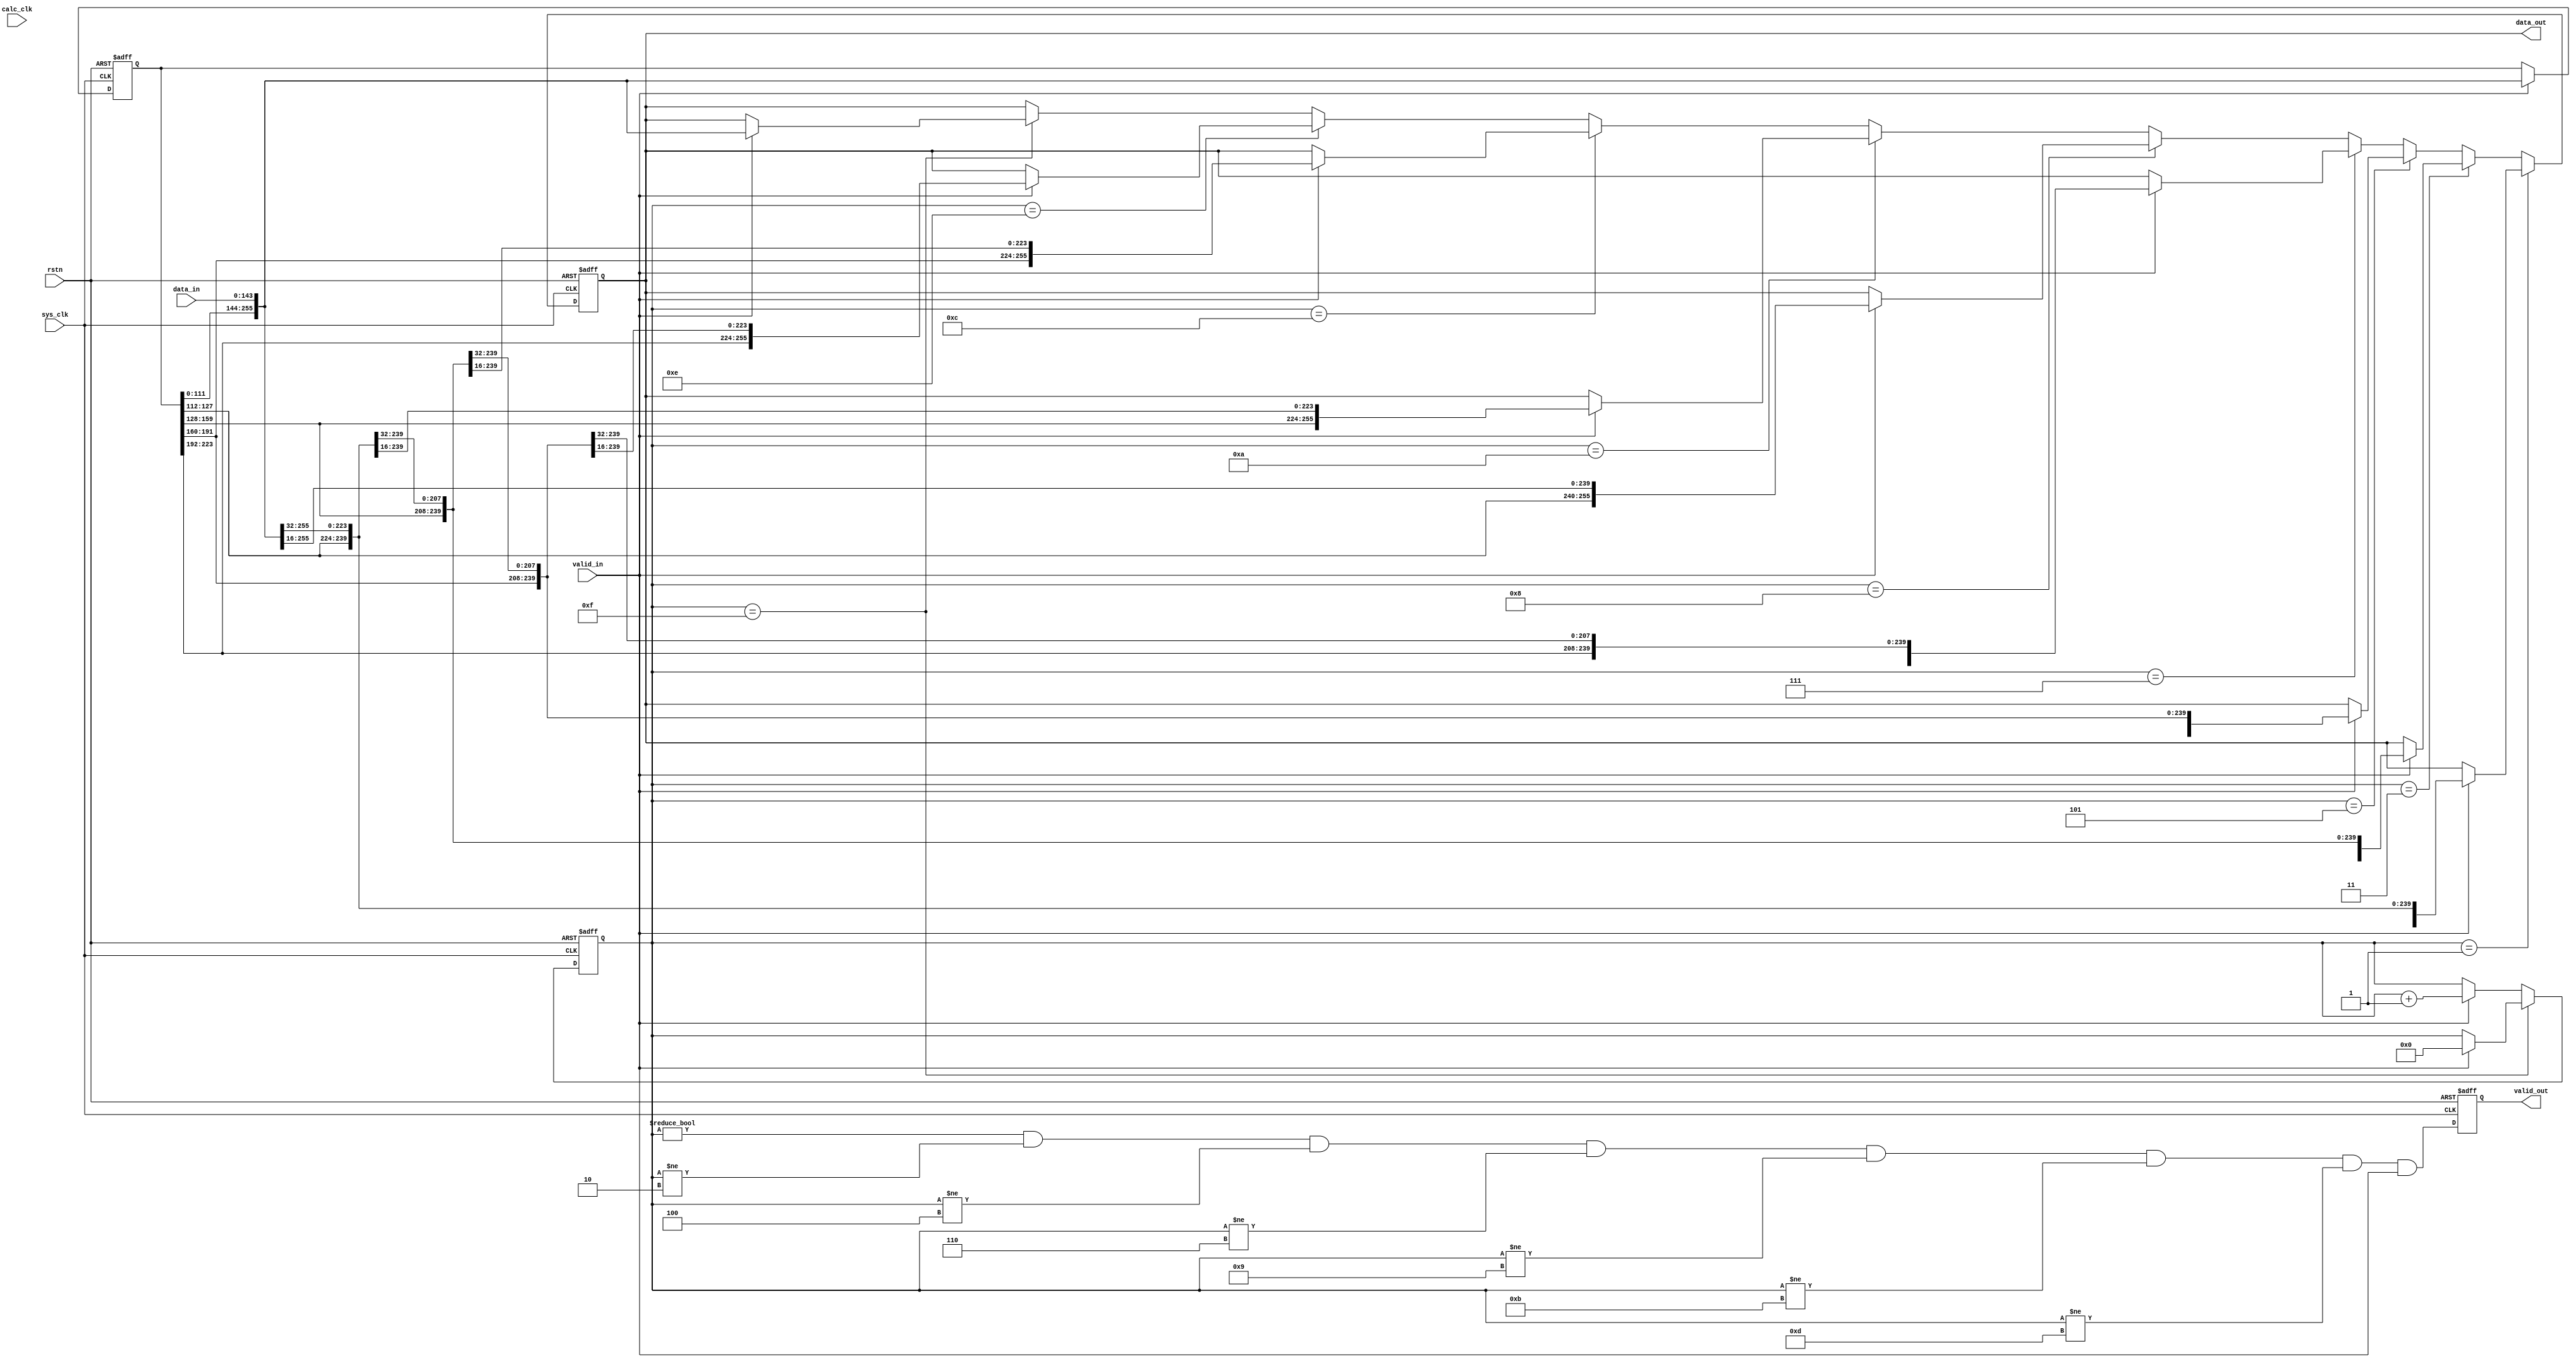
`timescale 1ns / 1ps

module FeatureMapOutWidthConverter # (
    parameter   WIDTH_IN            =   144                 ,
    parameter   WIDTH_OUT           =   256                 ,
    parameter   NUM_IN              =   16                   ,
    parameter   NUM_OUT             =   9                   ,
    parameter   CNT_WIDTH           =   $clog2(NUM_IN)
)
(
    input   wire                    sys_clk     ,
    input   wire                    calc_clk    ,
    input   wire                    rstn        ,
    input   wire    [WIDTH_IN-1:0]  data_in     ,
    input   wire                    valid_in    ,
    
    output  reg     [WIDTH_OUT-1:0] data_out    ,
    output  reg                     valid_out   
);

    reg     [CNT_WIDTH-1:0]         cnt         ;
    reg     [WIDTH_OUT-1:0]         data_buffer ;


    always @(posedge sys_clk or negedge rstn) begin
        if (!rstn) begin
            cnt <= 0;
        end else if(cnt == NUM_IN - 1) begin
            cnt <= valid_in ? 0 : cnt;
        end else begin
            cnt <= valid_in ? (cnt + 1) : cnt; 
        end
    end

    always @(posedge sys_clk or negedge rstn) begin
        if(!rstn) begin
            data_buffer <= 0;
        end else begin
            data_buffer <= valid_in? {data_buffer[WIDTH_OUT-WIDTH_IN-1:0], data_in}: data_buffer;
        end
    end

    always@(posedge sys_clk or negedge rstn) begin
        if(!rstn) begin
            data_out <= 288'b0;
        end else if(cnt==1) begin
            data_out <= valid_in? {data_buffer[143:0], data_in[143:32]}: data_out;
        end else if(cnt==3) begin
            data_out <= valid_in? {data_buffer[175:0], data_in[143:64]}: data_out;
        end else if(cnt==5) begin
            data_out <= valid_in? {data_buffer[207:0], data_in[143:96]}: data_out;
        end else if(cnt==7) begin
            data_out <= valid_in? {data_buffer[239:0], data_in[143:128]}: data_out;
        end else if(cnt==8) begin
            data_out <= valid_in? {data_buffer[127:0], data_in[143:16]}: data_out;
        end else if(cnt==10) begin
            data_out <= valid_in? {data_buffer[159:0], data_in[143:48]}: data_out;
        end else if(cnt==12) begin
            data_out <= valid_in? {data_buffer[191:0], data_in[143:80]}: data_out;
        end else if(cnt==14) begin
            data_out <= valid_in? {data_buffer[223:0], data_in[143:112]}: data_out;
        end else if(cnt==15) begin
            data_out <= valid_in? {data_buffer[111:0],data_in[143:0]}: data_out;
        end
    end
    always@(posedge sys_clk or negedge rstn) begin
        if(!rstn) begin
            valid_out <= 0;
        end else begin
            valid_out <= (cnt!=0&&cnt!=2&&cnt!=4&&cnt!=6&&cnt!=9&&cnt!=11&&cnt!=13)&&valid_in;
        end
    end 
endmodule